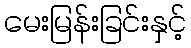
မေးမြန်းခြင်းနှင့်